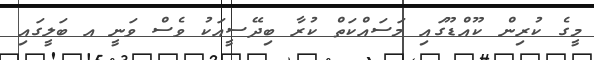
މީގެ ކުރިން ކޫއްޑޫގައި މަސައްކަތް ކުރާ ބިދޭސީއަކު ވެސް ވަނީ އ ބަލީގައި